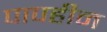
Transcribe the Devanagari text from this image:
पापहीन